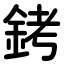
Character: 銬